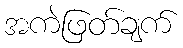
အကဲဖြတ်ချက်